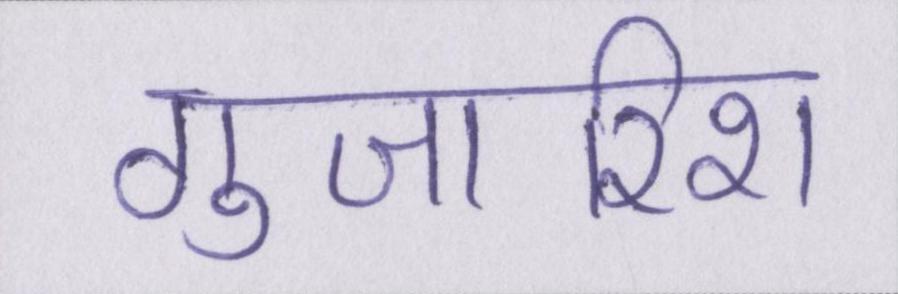
गुजारिश